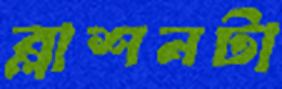
ব্লাশনটা